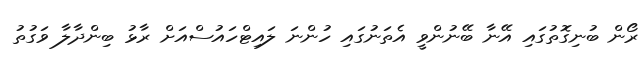
ރޯން ބުނިގޮތުގައި އޭނާ ބޭނުންވީ އެތަނުގައި ހުންނަ ލައިޓްހައުސްއަށް ރާޅު ބިންދާލާ ވަގުތު